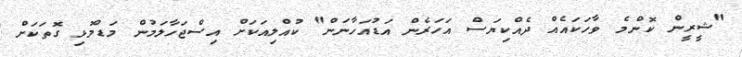
"ޝީރީން ކޮންމެ ވާހަކައެއް ދެއްކިޔަސް އަހަރެން އަޑުއަހާނަން" ކުއްލިއަކަށް އިސްޖަހާލަމުން މަޑުމޮޅި ގޮތަކަށް